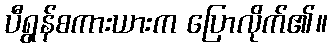
ပီရွန်စကားယားက ပြောလိုက်၏။